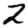
Digit: 2